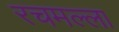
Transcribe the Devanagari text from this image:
रचमल्ला